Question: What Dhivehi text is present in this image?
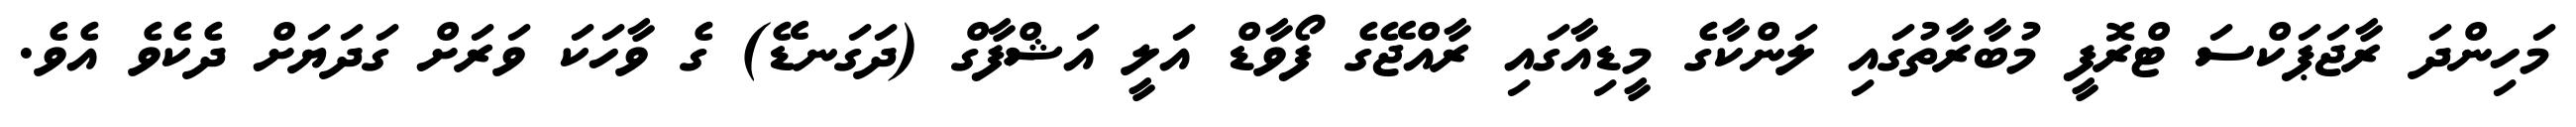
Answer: މަހިންދަ ރާޖަޕަކްސަ ޓްރޮފީ މުބާރާތުގައި ލަންކާގެ މީޑިއާގައި ރާއްޖޭގެ ފޯވާޑް އަލީ އަޝްފާގް (ދަގަނޑޭ) ގެ ވާހަކަ ވަރަށް ގަދަޔަށް ދެކެވެ އެވެ.